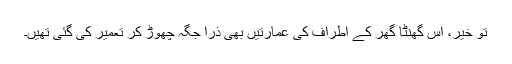
تو خیر، اس گھنٹا گھر کے اطراف کی عمارتیں بھی ذرا جگہ چھوڑ کر تعمیر کی گئی تھیں۔